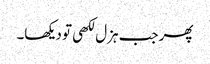
پھر جب ہزل لکھی تو دیکھا۔